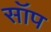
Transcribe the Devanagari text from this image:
सॉप